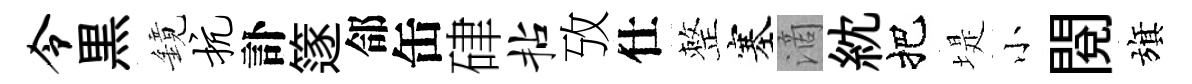
令黒鏡抗訃篴郃缶硉拈攷仕整塞滴紞把堤小閲旗